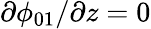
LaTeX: \partial\phi_{01}/\partial z=0